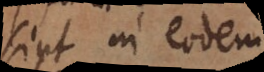
sint in eodem